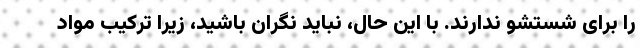
را برای شستشو ندارند. با این حال، نباید نگران باشید، زیرا ترکیب مواد